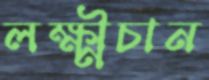
লক্ষ্মীচান